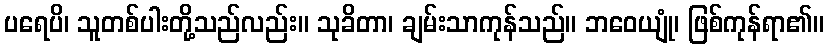
ပရေပိ၊ သူတစ်ပါးတို့သည်လည်း။ သုခိတာ၊ ချမ်းသာကုန်သည်။ ဘဝေယျုံ၊ ဖြစ်ကုန်ရာ၏။